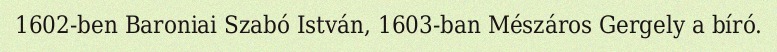
1602-ben Baroniai Szabó István, 1603-ban Mészáros Gergely a bíró.